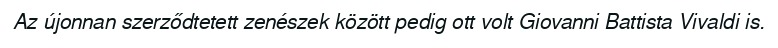
Az újonnan szerződtetett zenészek között pedig ott volt Giovanni Battista Vivaldi is.